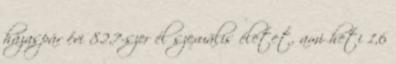
házaspár évi 82,7-szer él szexuális életet, ami heti 1,6